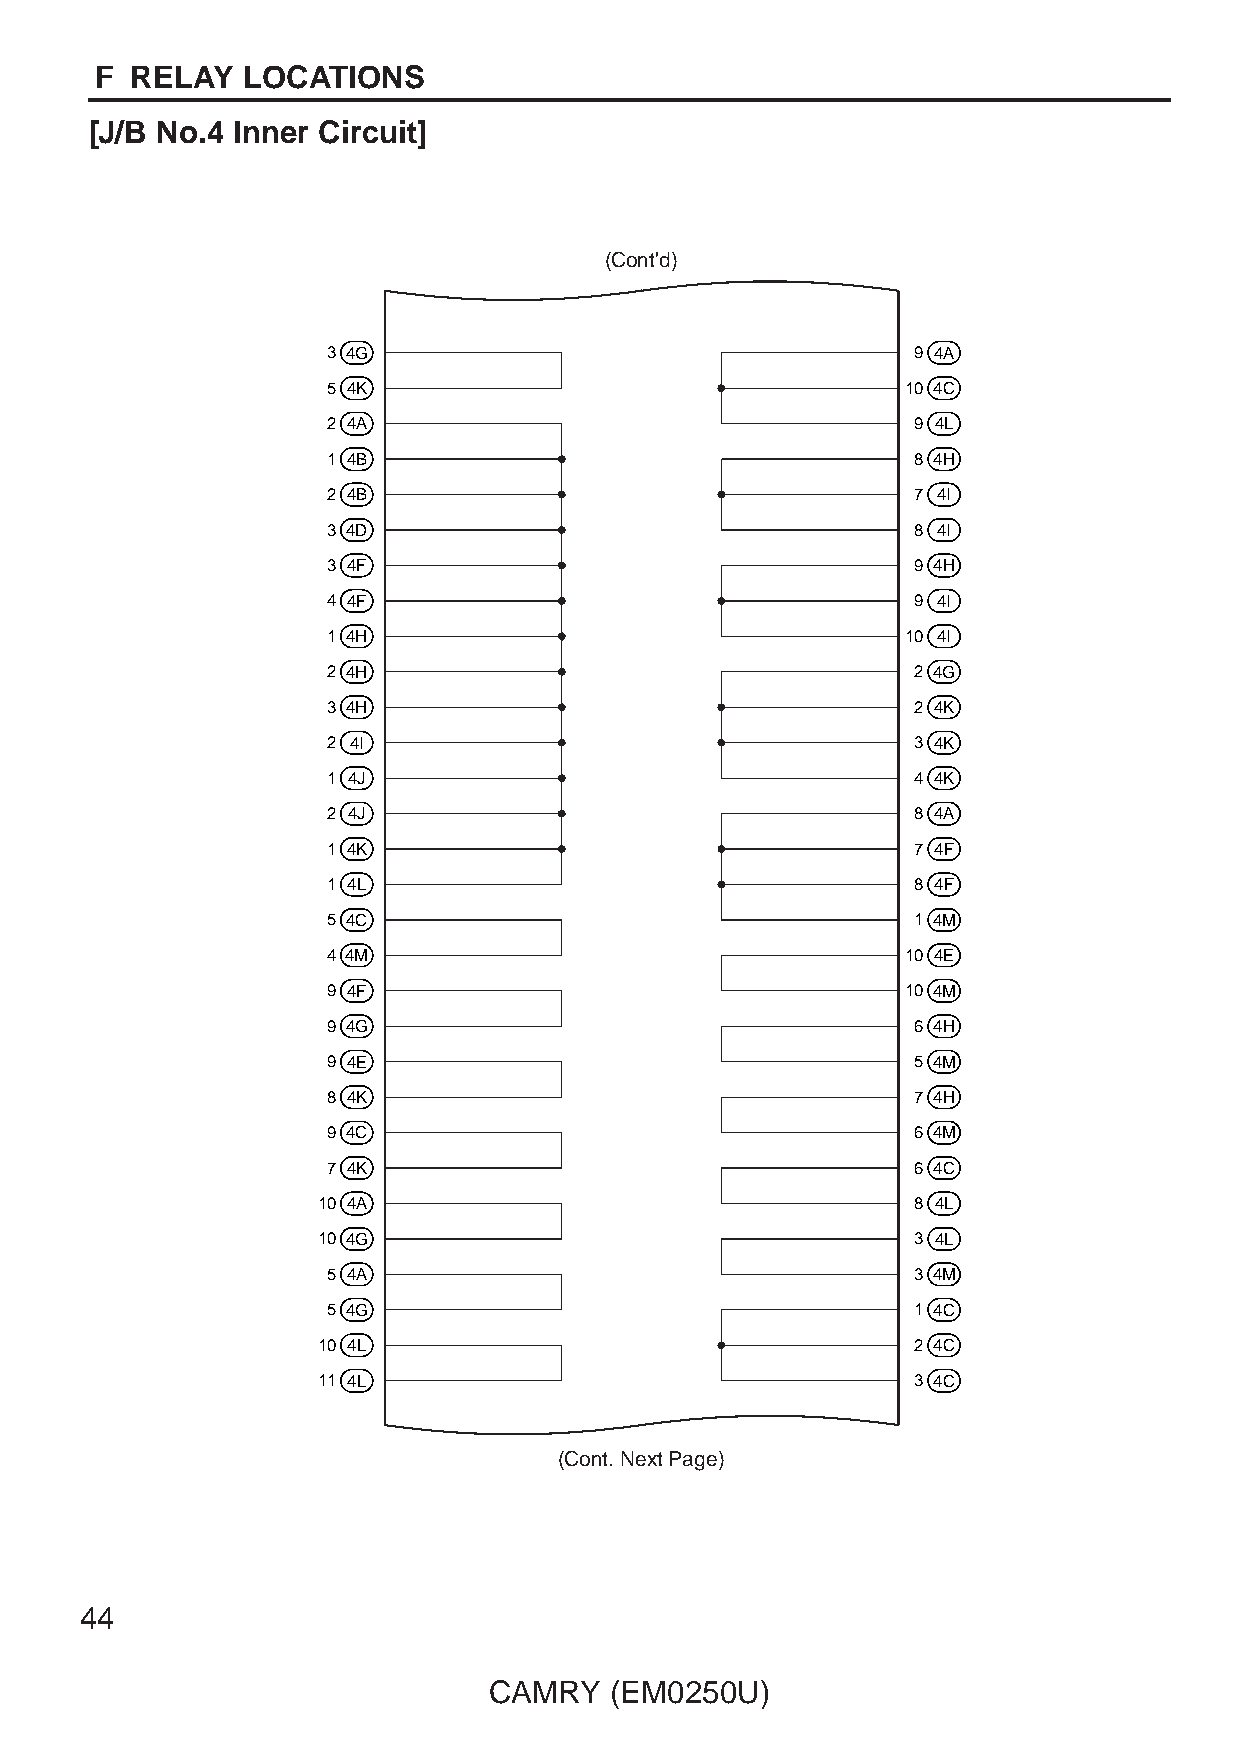
F  RELAY  LOCATIONS
 [J/B No.4 Inner Circuit]
 (Cont'd)
 3 4G                                   9 4A
 5 4K                                  10 4C
 2 4A                                   9 4L
 1 4B                                   8 4H
 2 4B                                   7 4I
 3 4D                                   8 4I
 3 4F                                   9 4H
 4 4F                                   9 4I
 1 4H                                  10 4I
 2 4H                                   2 4G
 3 4H                                   2 4K
 2 4I                                   3 4K
 1 4J                                   4 4K
 2 4J                                   8 4A
 1 4K                                   7 4F
 1 4L                                   8 4F
 5 4C                                   1 4M
 4 4M                                  10 4E
 9 4F                                  10 4M
 9 4G                                   6 4H
 9 4E                                   5 4M
 8 4K                                   7 4H
 9 4C                                   6 4M
 7 4K                                   6 4C
 10 4A                                   8 4L
 10 4G                                   3 4L
 5 4A                                   3 4M
 5 4G                                   1 4C
 10 4L                                   2 4C
 11 4L                                   3 4C
 (Cont. Next Page)
 44
 CAMRY   (EM0250U)